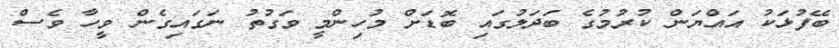
ބޭފުޅަކު އައްޔަން ކުރުމުގެ ބަދަލުގައި ބޮޑަށް މުހިންމީ ވަގުތު ނަގައިގެން ވީހާ ވެސް